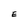
Character: E